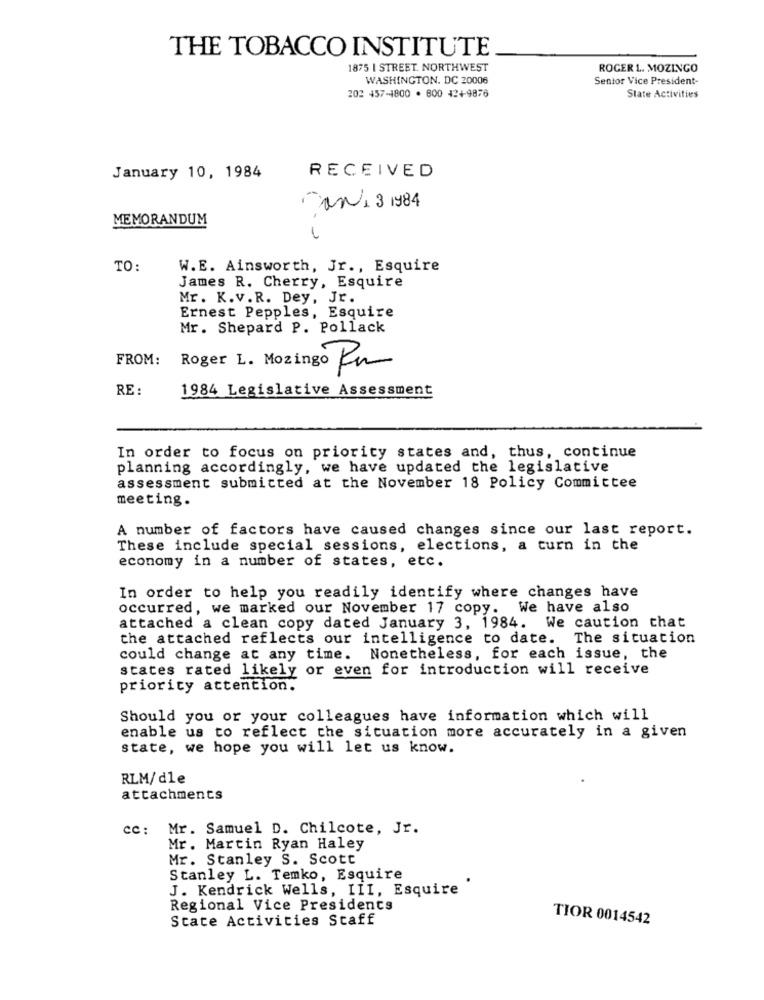
THE TOBACCO INSTITUTE
1875 I STREET. NORTHWEST
ROGER L. MOZINGO
WASHINGTON, DC 20006
Sentor Vice President-
202 457-4800 · 800 42+9876
State Activities
RECEIVED
January 10, 1984
Can 1 3 1984
MEMORANDUM
TO:
W.E. Ainsworth, Jr ., Esquire
James R. Cherry, Esquire
Mr. K.v.R. Dey, Jr.
Ernest Pepples, Esquire
Mr. Shepard P. Pollack
FROM:
Roger L. Mozingo Ru
RE :
1984 Legislative Assessment
In order to focus on priority states and, thus, continue
planning accordingly, we have updated the legislative
assessment submitted at the November 18 Policy Committee
meeting.
A number of factors have caused changes since our last report.
These include special sessions, elections, a turn in the
economy in a number of states, etc.
In order to help you readily identify where changes have
occurred, we marked our November 17 copy. We have also
attached a clean copy dated January 3, 1984. We caution that
the attached reflects our intelligence to date. The situation
could change at any time. Nonetheless, for each issue, the
states rated likely or even for introduction will receive
priority attention.
Should you or your colleagues have information which will
enable us to reflect the situation more accurately in a given
state, we hope you will let us know.
RLM/dle
attachments
cc: Mr. Samuel D. Chilcote, Jr.
Mr. Martin Ryan Haley
Mr. Stanley S. Scott
Stanley L. Temko, Esquire
J. Kendrick Wells, III, Esquire"
Regional Vice Presidents
State Activities Staff
TIOR 0014542